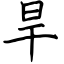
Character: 旱